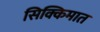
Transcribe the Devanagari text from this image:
सिक्किमात